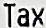
TAX